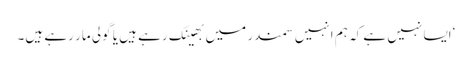
‘ایسا نہیں ہے کہ ہم انہیں سمندر میں بھینک رہے ہیں یا گولی مار رہے ہیں۔